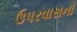
ઉપરવાસનો